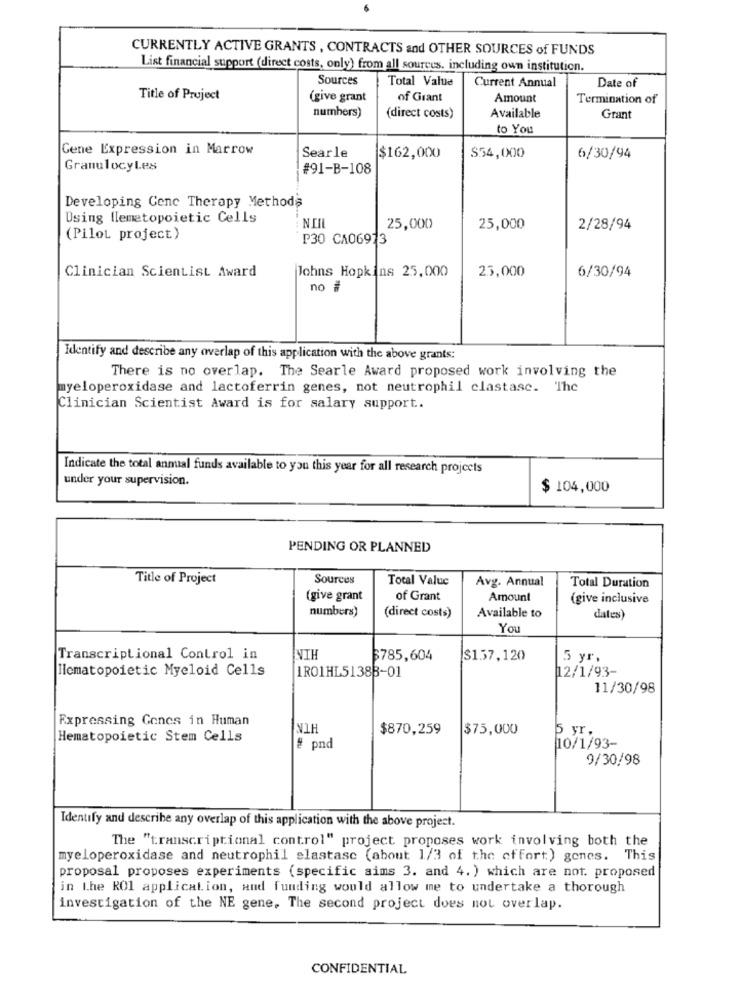
CURRENTLY ACTIVE GRANTS , CONTRACTS and OTHER SOURCES of FUNDS
List financial support (direct costs, only) from all sources. including own institution.
Sources
Total Value
Current Annual
Date of
Title of Project
(give grant
of Grant
Amount
Termination of
numbers)
(direct costs)
Available
Grant
to You
Gene Expression in Marrow
Searle
$162,000
$54,000
6/30/94
GranulocyLes
#91-B-108
Developing Cenc Therapy Methode
Using llemetopoietic Cells
25,000
25,000
2/28/94
(Pilot project)
P30 CA06973
Johns Hopkins 25,000
25,000
6/30/94
Clinician Scientist Award
no #
Identify and describe any overlap of this application with the above grants:
There is no overlap. The Searle Award proposed work involving the
myeloperoxidase and lactoferrin genes, not neutrophil clastasc. The
Clinician Scientist Award is for salary support ..
Indicate the total anmial funds available to you this year for all research projects
under your supervision.
$ 104,000
PENDING OR PLANNED
Title of Project
Sources
Total Value
Avg. Annual
Total Duration
(give grant
of Grant
Amount
(give inclusive
numbers)
(direct costs)
Available to
dates)
You
Transcriptional Control in
NIH
$785,604
$157,120
5 yr.
llematopoietic Myeloid Cells
12/1/93-
IRO1HL5138B-01
11/30/98
Expressing Gones in Human
NIH
$870,259
$75,000
Hematopoietic Stem Cells
10/1/93-
5 yr .
# pnd
9/30/98
Identify and describe any overlap of this application with the above project.
The "transcriptional control" project proposes work involving both the
myeloperoxidase and neutrophil slastasc (about 1/3 of the effort) genes. This
proposal proposes experiments (specific sims 3. and 4. ) which are not. proposed
in Lhe RO1 application, aud funding would allow me to undertake a thorough
investigation of the NE gene, The second project does not overlap.
CONFIDENTIAL